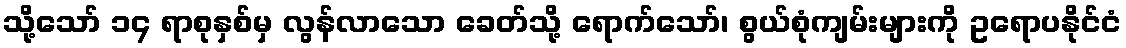
သို့သော် ၁၄ ရာစုနှစ်မှ လွန်လာသော ခေတ်သို့ ရောက်သော်၊ စွယ်စုံကျမ်းများကို ဥရောပနိုင်ငံ